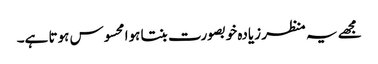
مجھے یہ منظر زیادہ خوبصورت بنتا ہوا محسوس ہوتا ہے۔